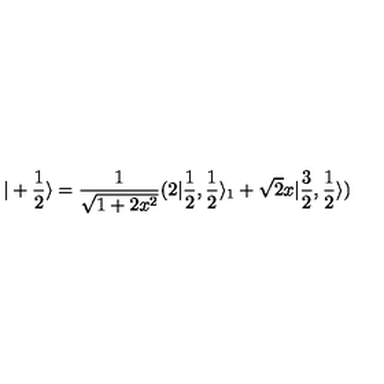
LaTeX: | + \frac { 1 } { 2 } \rangle = \frac { 1 } { \sqrt { 1 + 2 x ^ { 2 } } } ( 2 | \frac { 1 } { 2 } , \frac { 1 } { 2 } \rangle _ { 1 } + \sqrt { 2 } x | \frac { 3 } { 2 } , \frac { 1 } { 2 } \rangle )